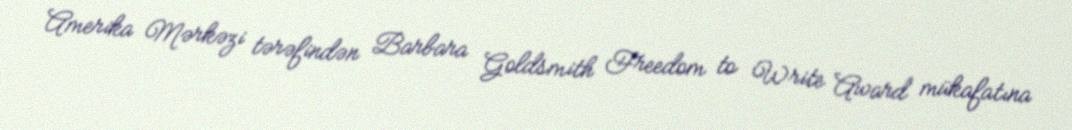
Amerika Mərkəzi tərəfindən Barbara Goldsmith Freedom to Write Award mükafatına